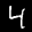
Label: 4